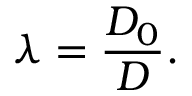
\lambda = \frac { D _ { 0 } } { D } .